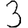
Digit: 3